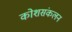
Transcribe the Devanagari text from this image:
कोशसंकलन